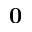
{ \mathbf 0 }